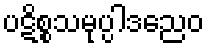
ပဋိစ္စသမုပ္ပါဒညေဝ